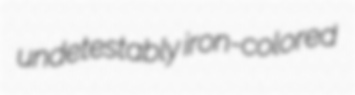
undetestably iron-colored